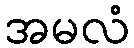
အမလံ